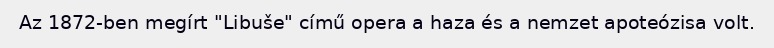
Az 1872-ben megírt "Libuše" című opera a haza és a nemzet apoteózisa volt.